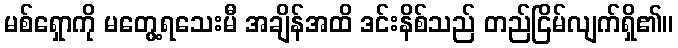
မစ်ရှောကို မတွေ့ရသေးမီ အချိန်အထိ ဒင်းနိစ်သည် တည်ငြိမ်လျက်ရှိ၏။